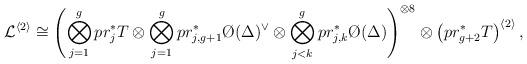
LaTeX: \begin{align*}\mathcal{L}^{\langle 2\rangle}\cong\left(\bigotimes_{j=1}^g pr_j^*T\otimes \bigotimes_{j=1}^g pr_{j,g+1}^*\O(\Delta)^{\vee}\otimes\bigotimes_{j<k}^{g} pr_{j,k}^*\O(\Delta)\right)^{\otimes 8}\otimes \left(pr_{g+2}^* T\right)^{\langle 2\rangle},\end{align*}